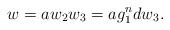
LaTeX: \begin{align*}w &= aw_2w_3= a g_1^{n}d w_3.\end{align*}